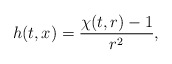
\begin{align*}h(t,x)=\frac{\chi (t,r)-1}{r^{2}} ,\end{align*}